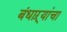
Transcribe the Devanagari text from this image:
बंधाऱ्यांचा